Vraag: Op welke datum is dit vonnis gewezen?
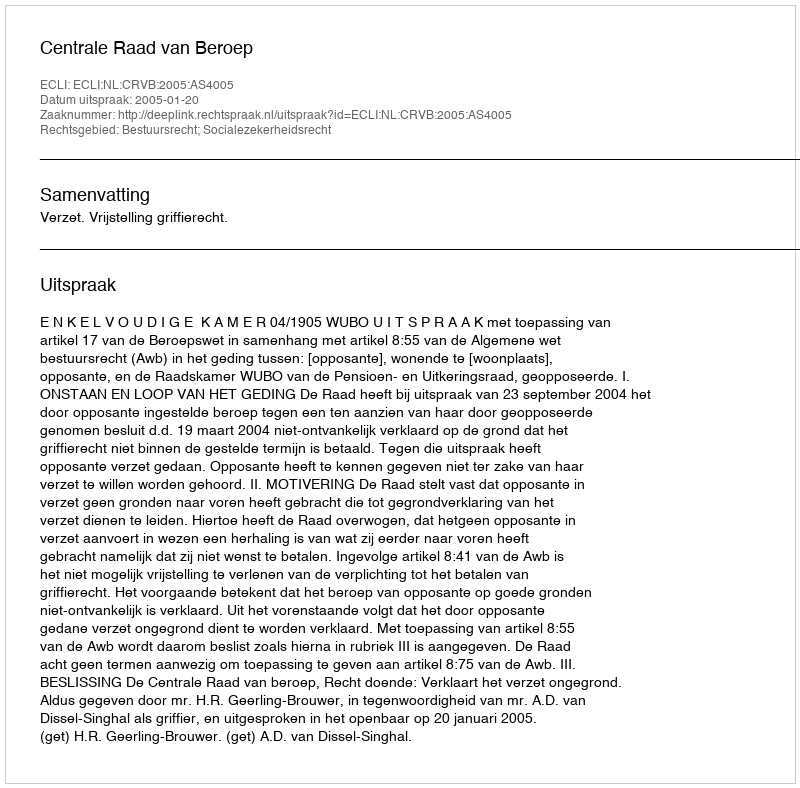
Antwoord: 2005-01-20